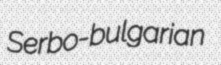
Serbo-bulgarian